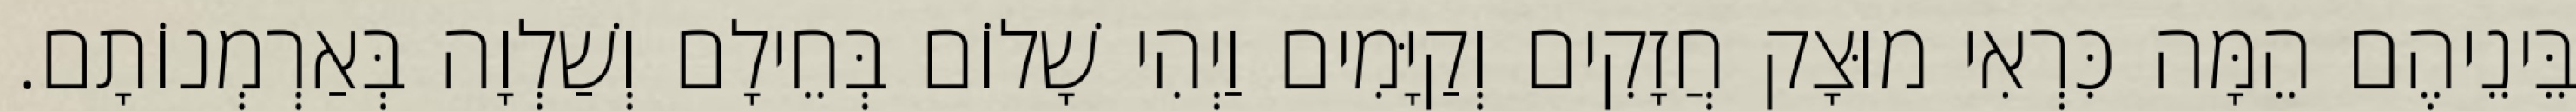
בֵּינֵיהֶם הֵמָּה כִּרְאִי מוּצָק חֲזָקִים וְקַיָּמִים וַיְהִי שָׁלוֹם בְּחֵילָם וְשַׁלְוָה בְּאַרְמְנוֹתָם.